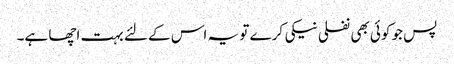
پس جو کوئی بھی نفلی نیکی کرے تو یہ اس کے لئے بہت اچھا ہے۔